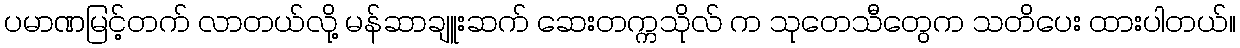
ပမာဏမြင့်တက် လာတယ်လို့ မန်ဆာချူးဆက် ဆေးတက္ကသိုလ် က သုတေသီတွေက သတိပေး ထားပါတယ်။